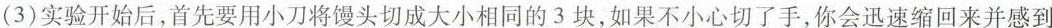
(3)实验开始后，首先要用小刀将馒头切成大小相同的3块，如果不小心切了手，你会迅速缩回来并感到